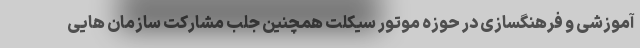
آموزشی و فرهنگسازی در حوزه موتور سیکلت همچنین جلب مشارکت سازمان هایی